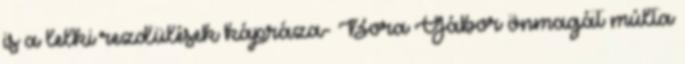
is a lelki rezdülések kápráza- Bora Gábor önmagát múlta